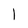
Character: 1